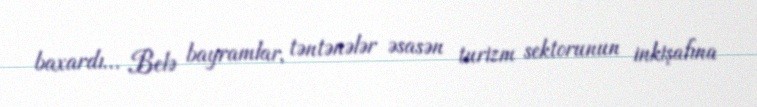
baxardı… Belə bayramlar, təntənələr əsasən turizm sektorunun inkişafına